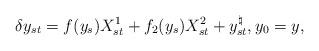
LaTeX: \begin{align*} \delta y_{s t} = f (y_s) {X}^{1}_{s t} + f_{2} (y_s){X}^{2}_{s t} +y^\natural_{st}, y_0=y_{},\end{align*}